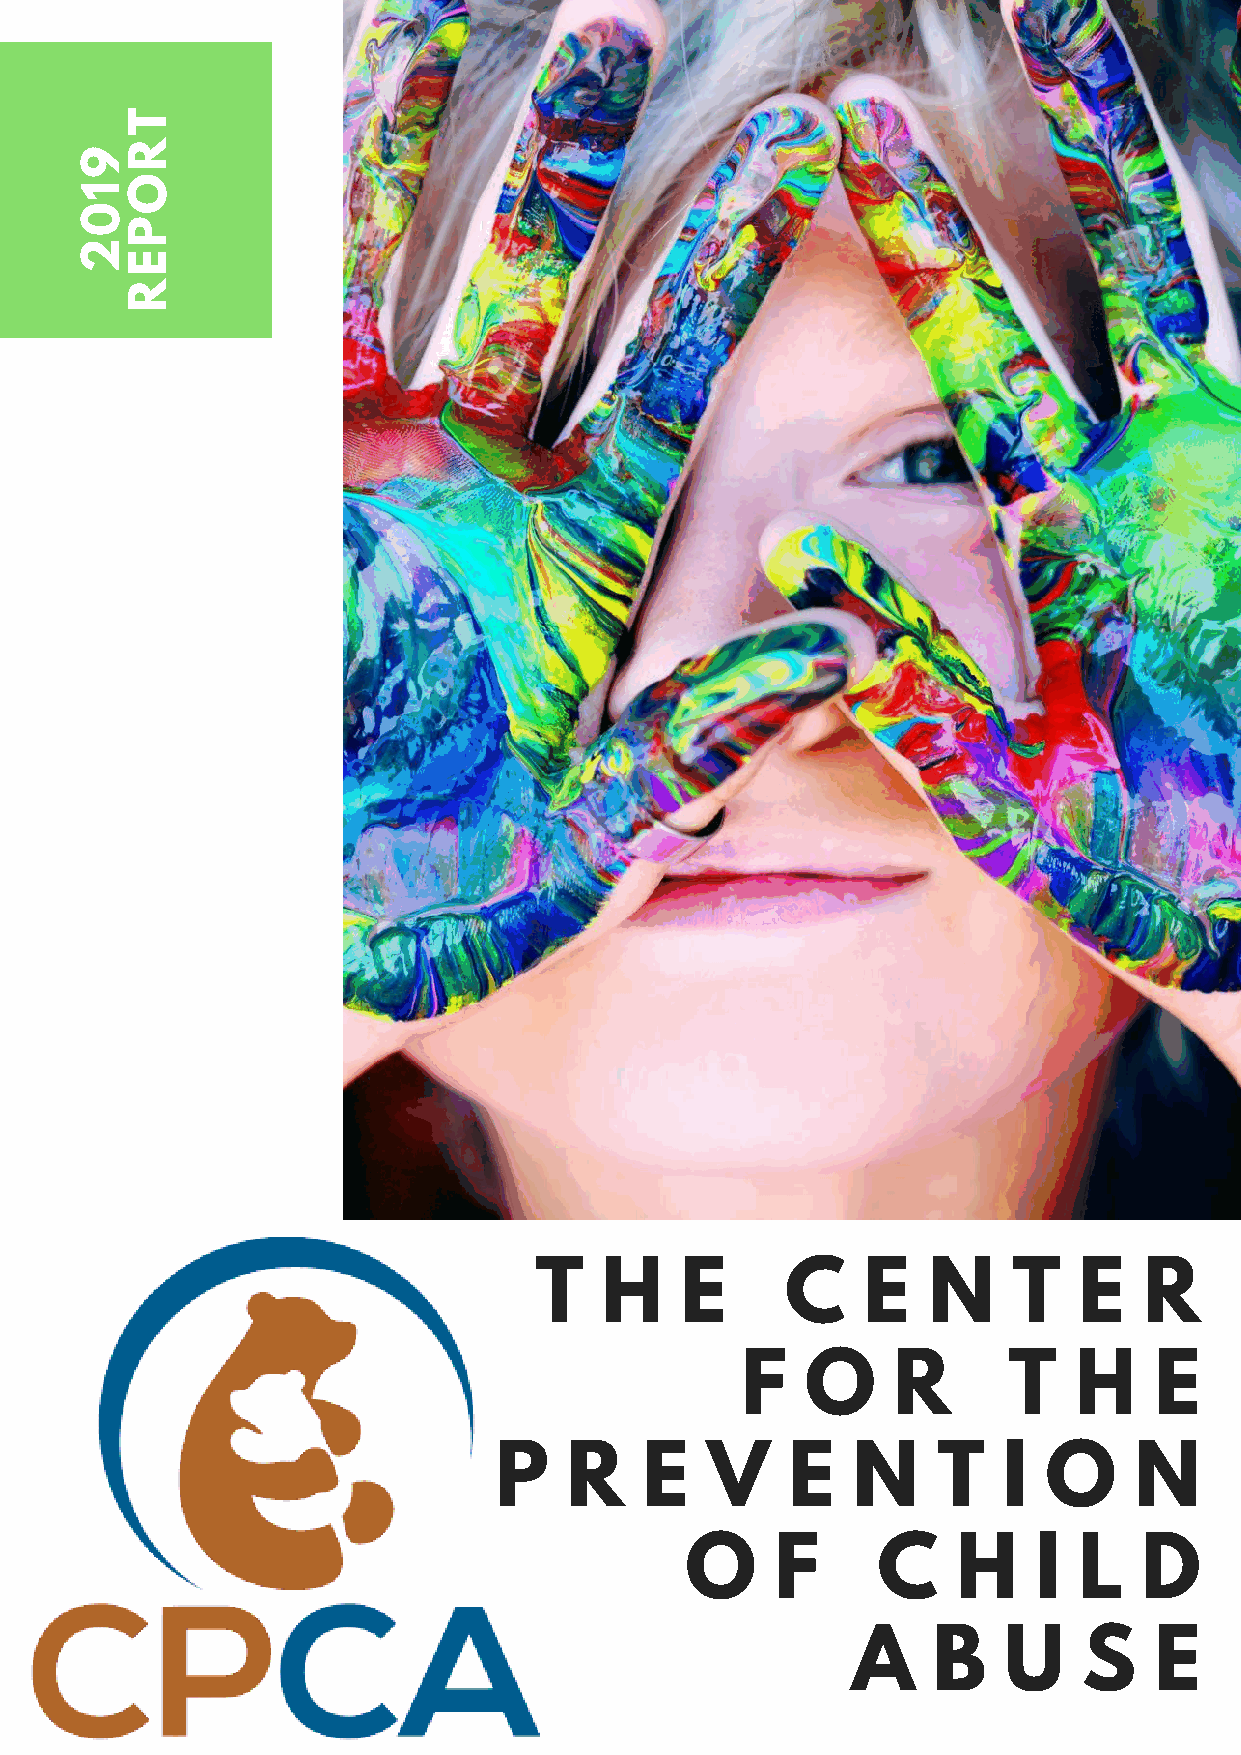
T
 R
 9
 O
 1
 0
 P
 2
 E
 R
 T    H    E      C    E   N     T   E    R
 F   O     R       T   H    E
 P    R    E   V    E   N     T   I  O     N
 O     F      C    H     I L    D
 A     B   U     S   E